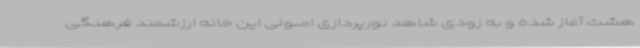
هشت آغاز شده و به زودی شاهد نورپردازی اصولی این خانه ارزشمند فرهنگی